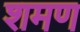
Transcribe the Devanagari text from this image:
शमण